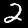
Label: 2